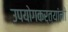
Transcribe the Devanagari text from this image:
उपयोगकर्त्यांनी